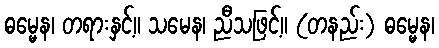
ဓမ္မေန၊ တရားနှင့်။ သမေန၊ ညီသဖြင့်။ (တနည်း) ဓမ္မေန၊